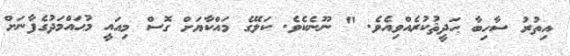
އިތުރު ސާހިބާ ޙަދީޘުކުރެއްވިއެވެ. " ނޫނެކެވެ. ކަލޭގެ މައްކާޔަށް ގޮސް މިއައީ މުޙައްމަދުގެފާނަށް